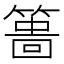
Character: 𥲞